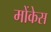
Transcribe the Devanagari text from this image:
मोंकेस